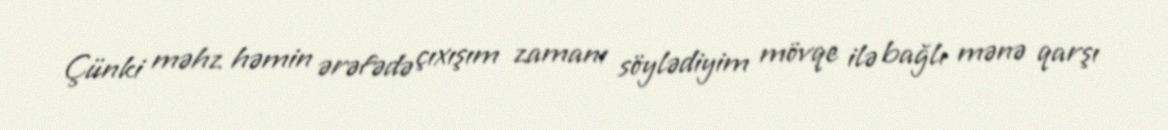
Çünki məhz həmin ərəfədə çıxışım zamanı söylədiyim mövqe ilə bağlı mənə qarşı